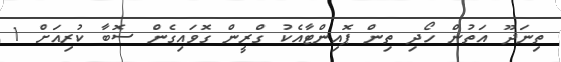
ތިނަދޫ އަތުން ހޯދި ތިން ޕޮއިންޓާއެކު ގްރީން ގޮވައިގެން ސޮބާ ކުރިއަށް 1